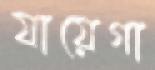
যায়েগা